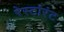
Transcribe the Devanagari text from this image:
रेस्टांरंट